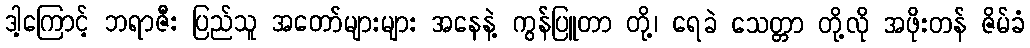
ဒါ့ကြောင့် ဘရာဇီး ပြည်သူ အတော်များများ အနေနဲ့ ကွန်ပြူတာ တို့၊ ရေခဲ သေတ္တာ တို့လို အဖိုးတန် ဇိမ်ခံ